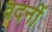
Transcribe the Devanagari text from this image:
वदनीं